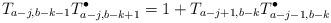
LaTeX: \begin{align*}T_{a-j,b-k-1} T_{a-j,b-k+1}^\bullet=1+T_{a-j+1,b-k} T_{a-j-1,b-k}^\bullet\end{align*}